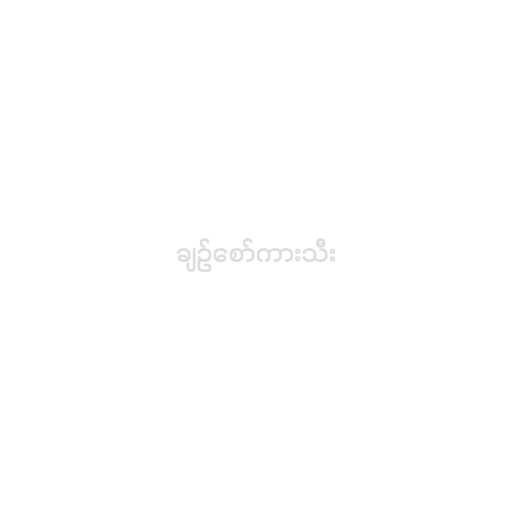
ချဥ်စော်ကားသီး